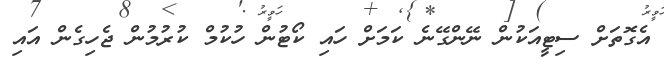
އެގޮތަށް ސިޓީއަކުން ނޭންގޭނެ ކަމަށް ހައި ކޯޓުން ހުކުމް ކުރުމުން ޖެހިގެން އައި